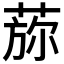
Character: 𦵖